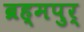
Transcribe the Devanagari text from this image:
ब्रह्मपुर्